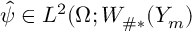
\hat { \psi } \in L ^ { 2 } ( \Omega ; W _ { \# * } ( Y _ { m } )